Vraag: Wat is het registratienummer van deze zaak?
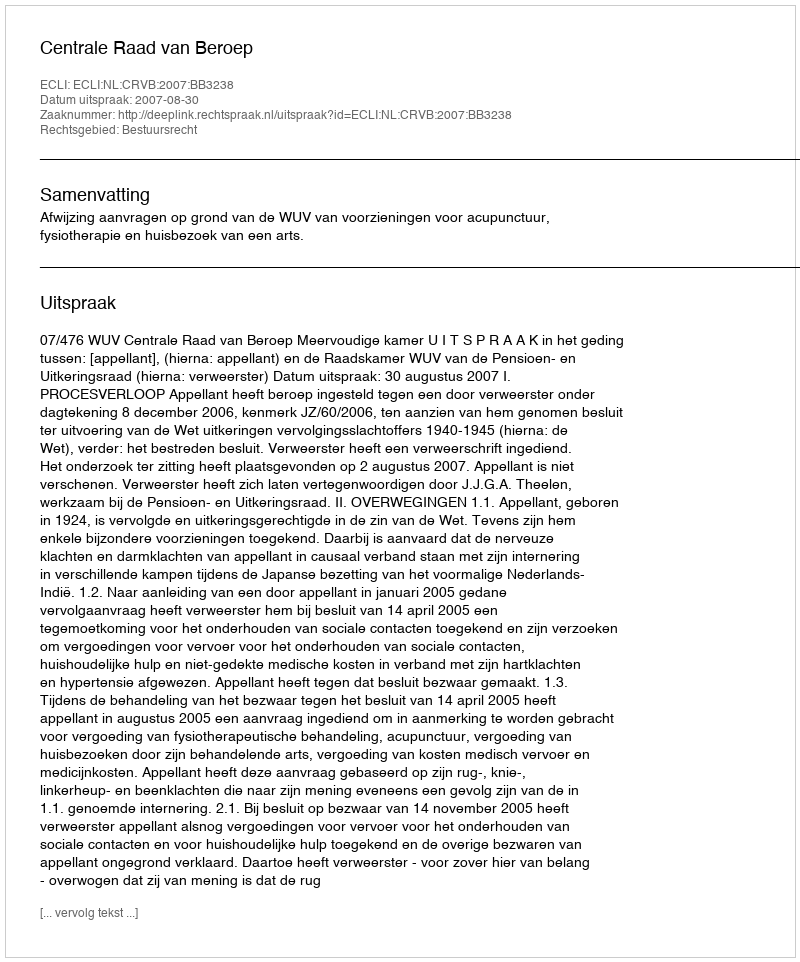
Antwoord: http://deeplink.rechtspraak.nl/uitspraak?id=ECLI:NL:CRVB:2007:BB3238